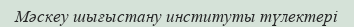
Мәскеу шығыстану институты түлектері